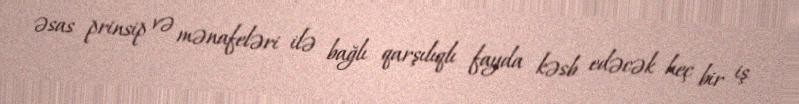
əsas prinsip və mənafeləri ilə bağlı qarşılıqlı fayda kəsb edəcək heç bir iş